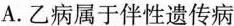
A.乙病属于伴性遗传病